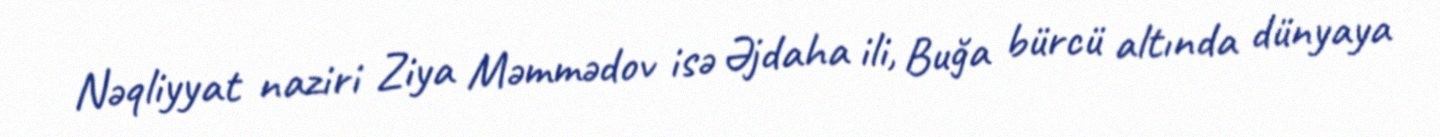
Nəqliyyat naziri Ziya Məmmədov isə Əjdaha ili, Buğa bürcü altında dünyaya